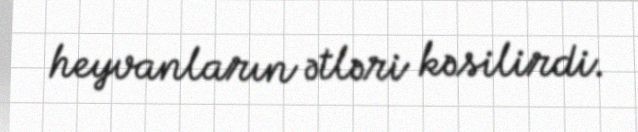
heyvanların ətləri kəsilirdi.